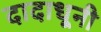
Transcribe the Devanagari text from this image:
दादाधूनी